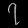
Digit: ၇